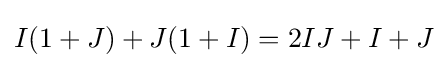
I(1+J)+J(1+I)=2IJ+I+J